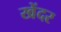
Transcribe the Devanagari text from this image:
खेंदर